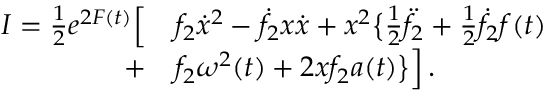
\begin{array} { r l } { I = { \textstyle \frac { 1 } { 2 } } e ^ { 2 F ( t ) } \Big [ } & { f _ { 2 } \dot { x } ^ { 2 } - \dot { f } _ { 2 } x \dot { x } + x ^ { 2 } \big \{ { \textstyle \frac { 1 } { 2 } } \ddot { f } _ { 2 } + { \textstyle \frac { 1 } { 2 } } \dot { f } _ { 2 } f ( t ) } \\ { + } & { f _ { 2 } \omega ^ { 2 } ( t ) + 2 x f _ { 2 } a ( t ) \big \} \Big ] \, . } \end{array}